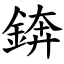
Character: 錛